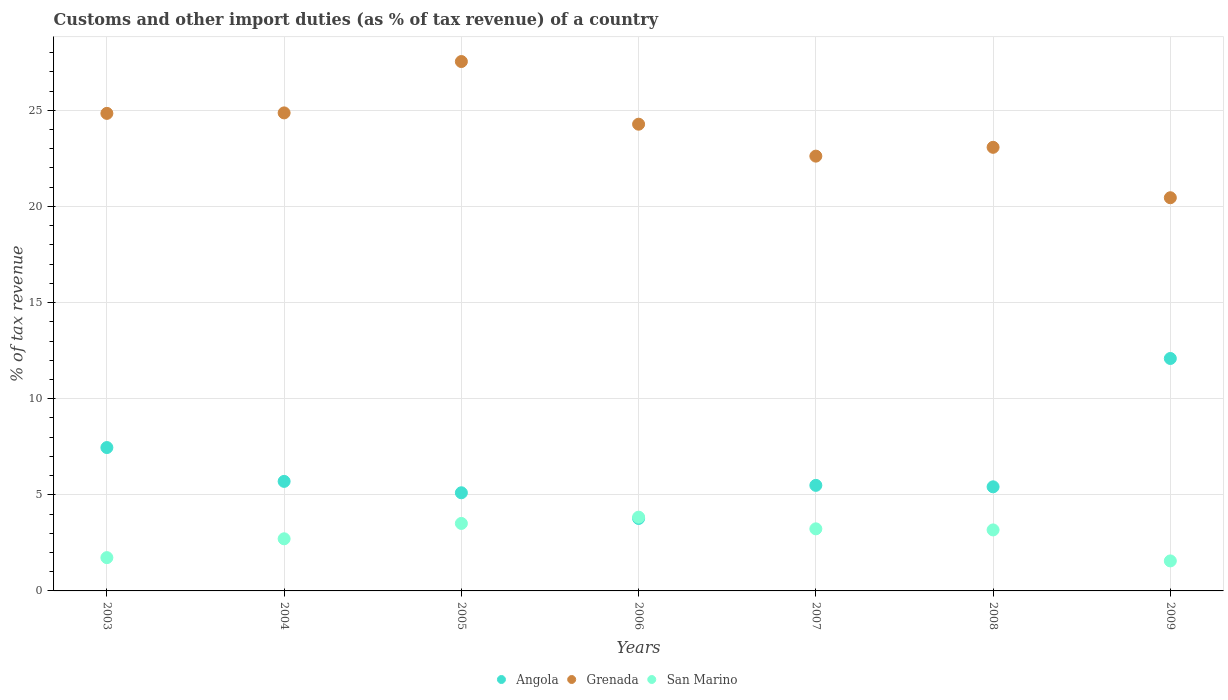
| Years | Angola | Grenada | San Marino |
 | --- | --- | --- | --- |
 | 2003 | 7.46 | 24.8 | 1.73 |
 | 2004 | 5.7 | 24.9 | 2.71 |
 | 2005 | 5.11 | 27.5 | 3.51 |
 | 2006 | 3.77 | 24.3 | 3.84 |
 | 2007 | 5.49 | 22.6 | 3.23 |
 | 2008 | 5.42 | 23.1 | 3.17 |
 | 2009 | 12.1 | 20.5 | 1.56 |